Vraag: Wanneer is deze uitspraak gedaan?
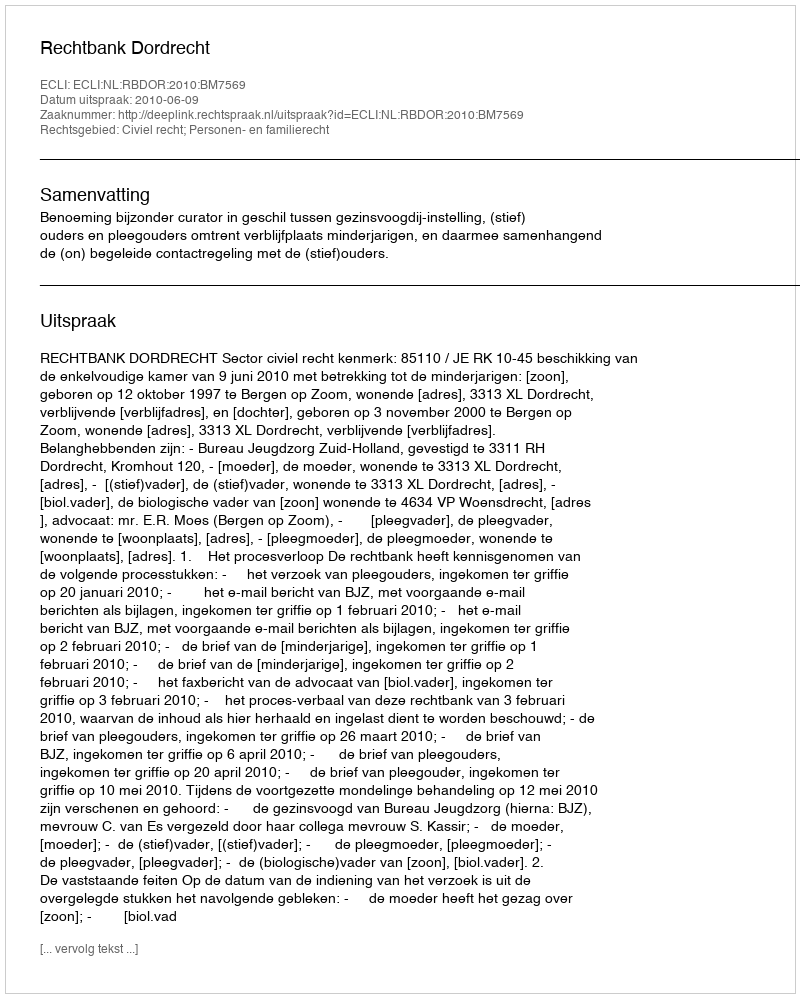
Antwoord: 2010-06-09